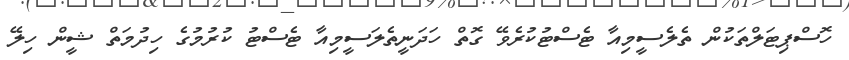
ހޮސްޕިޓަލްތަކުން ތެލެސީމިއާ ޓެސްޓުކުރެވޭ ގޮތް ހަދަނީތެލަސީމިއާ ޓެސްޓު ކުރުުމުގެ ހިދުމަތް ޝީން ހިލޭ